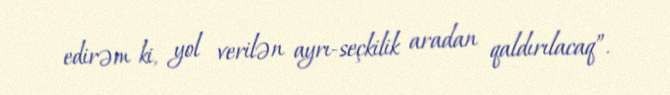
edirəm ki, yol verilən ayrı-seçkilik aradan qaldırılacaq”.